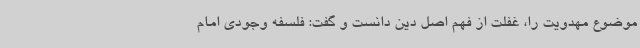
موضوع مهدویت را، غفلت از فهم اصل دین دانست و گفت: فلسفه وجودی امام